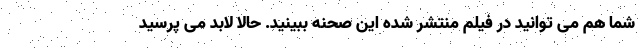
شما هم می توانید در فیلم منتشر شده این صحنه ببینید. حالا لابد می پرسید